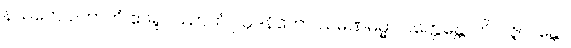
နယတေ ပဘာတံ ဧဝရူပဿာဟံ ဩဒနိကော သမဏဓမ္မာ ဝတ္တေန္တောတိ ပဇ္ဇလန္တော